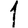
Digit: 1